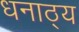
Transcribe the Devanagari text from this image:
धनाठ्य